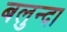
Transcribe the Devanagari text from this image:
बलुन्दा